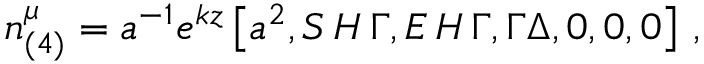
n _ { ( 4 ) } ^ { \mu } = a ^ { - 1 } e ^ { k z } \left[ a ^ { 2 } , S \, H \, { \Gamma } , E \, H \, { \Gamma } , \Gamma \Delta , 0 , 0 , 0 \right] \, ,